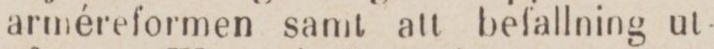
arméreformen samt att befallning ut-